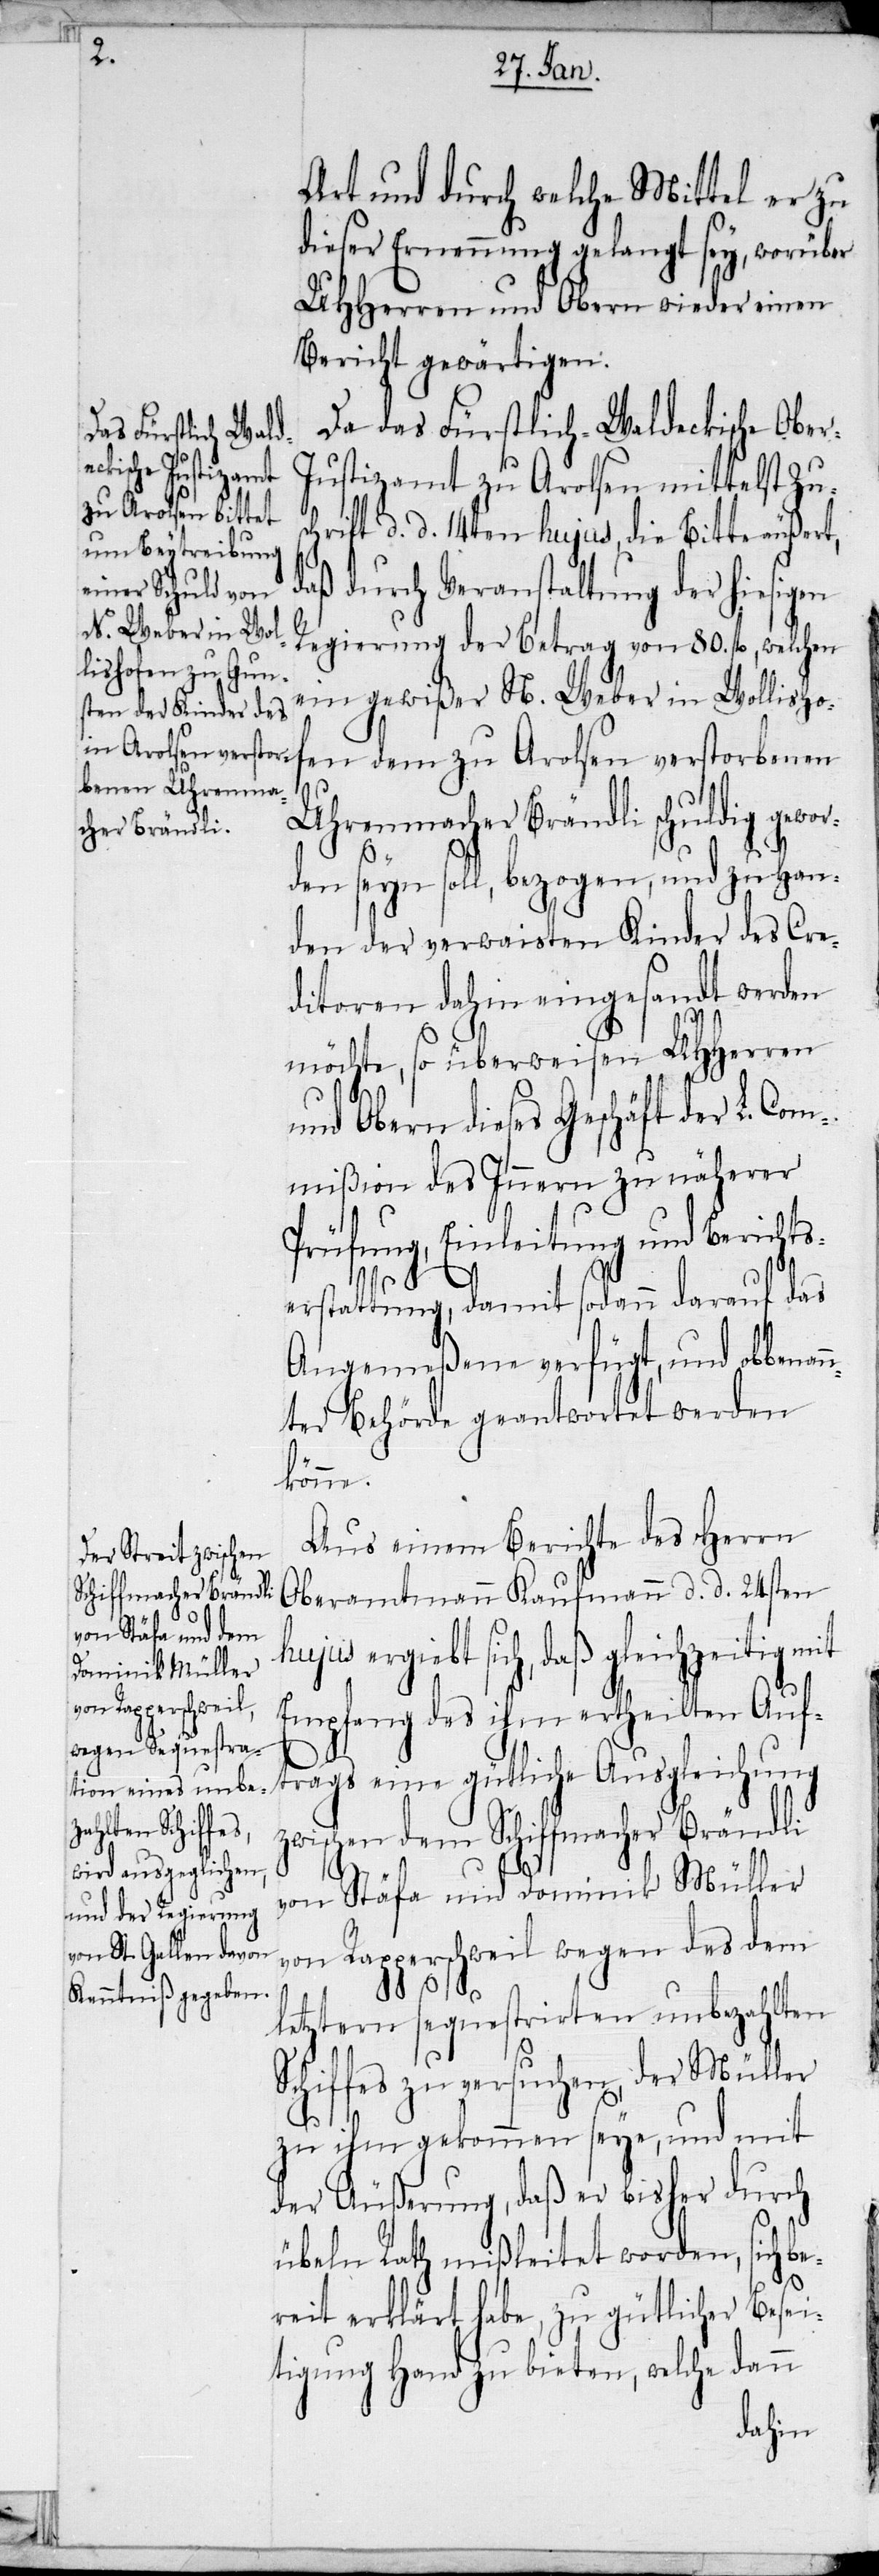
i¬

Art und durch welche Mittel er zu
dieser Ernennung gelangt sey, worüber
UHHerren und Obern wieder einen
Bericht gewärtigen.
Da das Fürstlich-Waldeckische Obe¬
ustizamt zu Arolsen mittelst Zus¬
chrift d. d. 14ten hujus, die Bitte äußert,
daß durch Veranstaltung der hiesigen
Regierung der Betrag von 80. fl, welchen
ein gewißer N. Weber in Wollisho¬
fen dem zu Arolsen verstorbenen
Uhrenmacher Brändli schuldig gewor¬
den seyn soll, bezogen, und zu Han¬
den der verwaisten Kinder des Cre¬
ditoren dahin eingesandt werden
möchte, so überweisen UHHerren
und Obern dieses Geschäft der L. Com¬
mißion des Innern zu näherer
Prüfung, Einleitung und Berichts¬
erstattung, damit sodann darauf das
Angemeßene verfügt, und obbenan¬
nter Behörde geantwortet werden
könne.
Aus einem Berichte des Herrn
Oberamtmann Kaufmann d. d. 24sten
jus ergiebt sich, daß gleichzeitig
Empfang des ihm ertheilten Auf¬
trags eine gütliche Ausgleichung
zwischen dem Schiffmacher Brändli
von Stäfa und Dominik Müller
von Rapperschweil wegen des dem
letztern sequestrirten unbezahlten
Schiffes zu versuchen, der Müller
zu ihm gekommen seye, und mit
der Äußerung, daß er bisher durch
übeln Rath mißleitet worden, sich be¬
reit erklärt habe, zu gütlicher Bese¬
tigung Hand zu bieten, welche dann